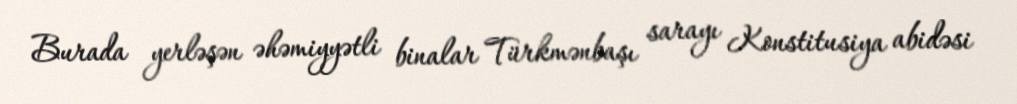
Burada yerləşən əhəmiyyətli binalar Türkmənbaşı sarayı Konstitusiya abidəsi